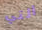
التي